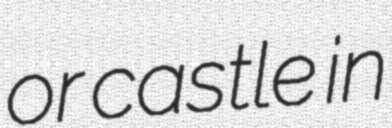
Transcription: or castle in